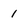
Character: 1